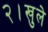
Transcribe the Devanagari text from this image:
२।खुले